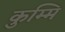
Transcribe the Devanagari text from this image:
कुम्मि